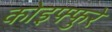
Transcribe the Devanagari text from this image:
कोइफ्फुरे